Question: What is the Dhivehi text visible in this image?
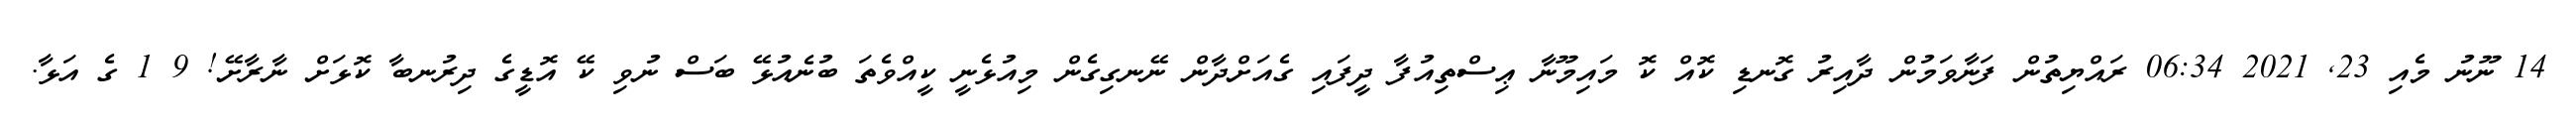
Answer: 14 ނޫނު މެއި 23, 2021 06:34 ރައްޔިތުން ފަނާވަމުން ދާއިރު ގޮނޑި ކޮއް ކޮ މައިމޫނާ ޢިސްތިއުފާ ދީފައި ގެއަށްދާން ނޭނގިގެން މިއުޅެނީ ކީއްވެތަ ބުނެއުޅޭ ބަސް ނުވި ކޭ އޮޑީގެ ދިރުނބާ ކޮޅަށް ނާރާށޭ! 9 1 ގެ އަޅާ.